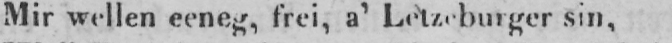
Mir wellen eeneg, frei, a’ Letzeburger sin,